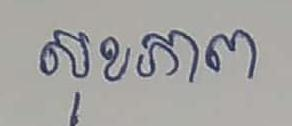
សុខភាព